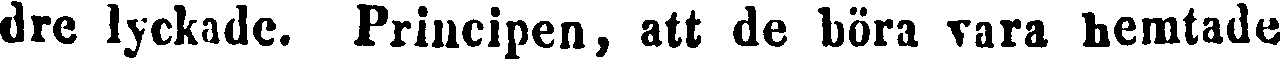
dre lyckade. Principen, att de böra vara hemtade